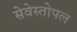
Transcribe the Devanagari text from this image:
सेवेस्तोपल